Reports on dispensaries and lunatic asylums in the Province of Oudh - 1869-1876
Year: 1869
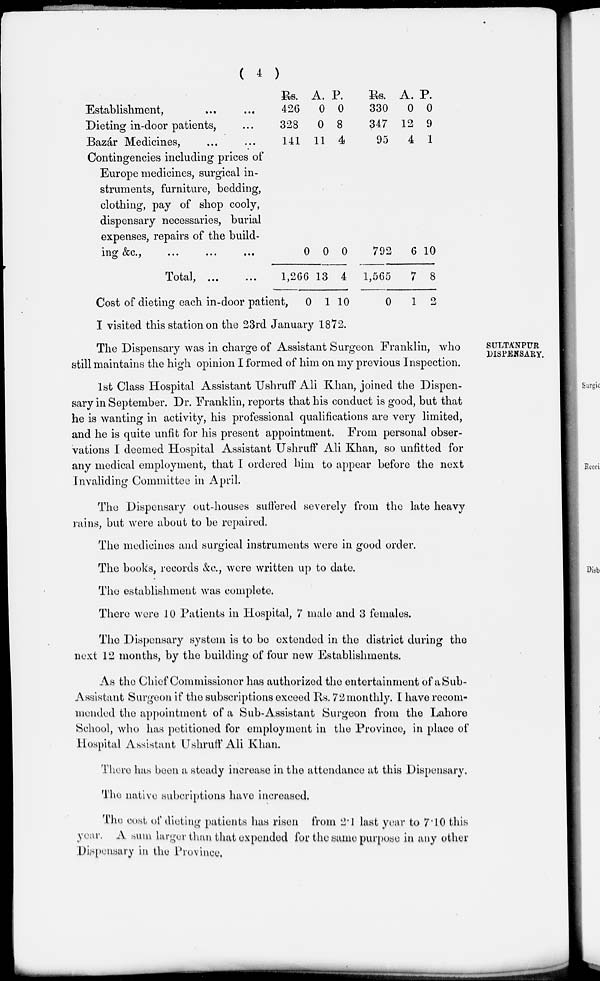
( 4 )
Establishment, ... ...
Dieting in-door patients, ...
Bazár Medicines, ... ...
Contingencies including prices of
Europe medicines, surgical in-
struments, furniture, bedding,
clothing, pay of shop cooly,
dispensary necessaries, burial
expenses, repairs of the build-
ing
&c.,
...
...
...
Total,
...
...
Cost of dieting each in-door patient,
Rs.
426
328
141
0
1,266
0
A.
0
0
11
0
13
1
P.
0
8
4
0
4
10
Rs.
330
347
95
792
1,565
0
A.
0
12
4
6
7
1
P.
0
9
1
10
8
2
I visited this station on the 23rd January 1872.
SULTÁNPUR
DISPENSARY.
The Dispensary was in charge of Assistant Surgeon Franklin, who
still maintains the high opinion I formed of him on my previous Inspection.
1st Class Hospital Assistant Ushruff Ali Khan, joined the Dispen-
sary in September. Dr. Franklin, reports that his conduct is good, but that
he is wanting in activity, his professional qualifications are very limited,
and he is quite unfit for his present appointment. From personal obser-
vations I deemed Hospital Assistant Ushruff Ali Khan, so unfitted for
any medical employment, that I ordered him to appear before the next
Invaliding Committee in April.
The Dispensary out-houses suffered severely from the late heavy
rains, but were about to be repaired.
The medicines and surgical instruments were in good order.
The books, records &c., were written up to date.
The establishment was complete.
There were 10 Patients in Hospital, 7 male and 3 females.
The Dispensary system is to be extended in the district during the
next 12 months, by the building of four new Establishments.
As the Chief Commissioner has authorized the entertainment of a Sub-
Assistant Surgeon if the subscriptions exceed Rs. 72 monthly. I have recom-
mended the appointment of a Sub-Assistant Surgeon from the Lahore
School, who has petitioned for employment in the Province, in place of
Hospital Assistant Ushruff Ali Khan.
There has been a steady increase in the attendance at this Dispensary.
The native subcriptions have increased.
The cost of dieting patients has risen from 2.1 last year to 7.10 this
year. A sum larger than that expended for the same purpose in any other
Dispensary in the Province.